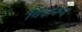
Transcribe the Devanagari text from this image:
चिदानन्‍द